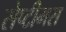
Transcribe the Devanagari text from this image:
सेप्टीमस